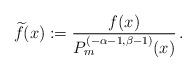
\begin{align*}\widetilde f(x) := \frac{f(x)}{P_m^{(-\alpha-1,\beta-1)}(x)}\,.\end{align*}